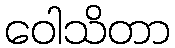
ဝေါသိတာ